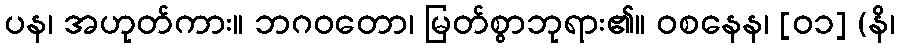
ပန၊ အဟုတ်ကား။ ဘဂဝတော၊ မြတ်စွာဘုရား၏။ ဝစနေန၊ [၀၁] (နိ၊